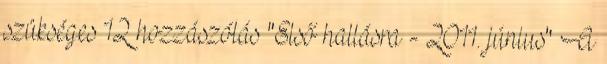
szükséges 12 hozzászólás "Első hallásra - 2011. június" A